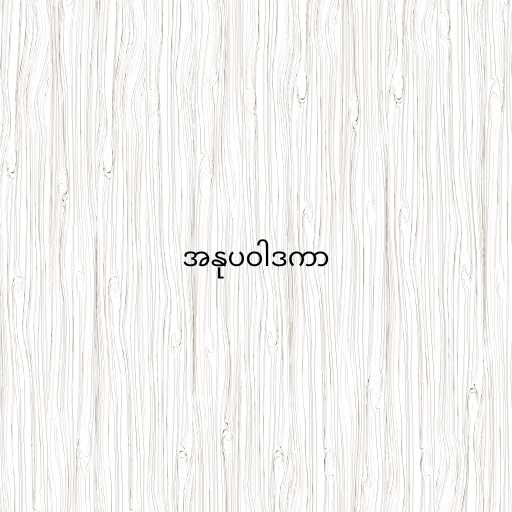
အနုပဝါဒကာ